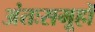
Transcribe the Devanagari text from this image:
अंतःसमूहों